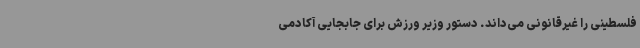
فلسطینی را غیرقانونی می‌داند. دستور وزیر ورزش برای جابجایی آکادمی